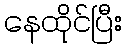
နေထိုင်ပြီး